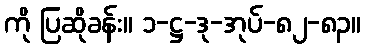
ကို ပြဆိုခန်း။ ၁-ဋ္ဌ-ဒု-အုပ်-၈၂-၈၃။